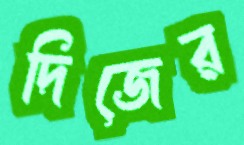
দিজের